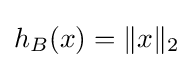
h_{B}(x)=\|x\|_{2}